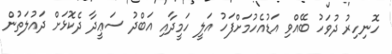
ހޮނިހިރު ދުވަހު ބޭއްވި އަޑުއެހުމަށްފަހު އަލީ ހަމީދާއި އަބްދު ސަޢީދާ ދެކޮޅަށް ދައުލަތުން